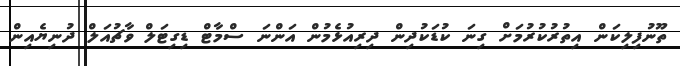
ތޫނުފިލިކަން އިތުރުކުރުމަށް ގިނަ ކުޑަކުދިން ދިރިއުޅެމުން އަންނަ ސްމާޓް ޑިގިޓަލް ވާޗުއަލް ދުނިޔެއިން